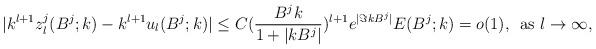
LaTeX: \begin{align*}|{k}^{l+1}z_l^j(B^j;k)- {k}^{l+1}u_l(B^j;k)|\leq C(\frac{B^jk}{1+|kB^j|})^{l+1}e^{|\Im kB^j|}E(B^j;k)=o(1),\,\mbox{ as }l\rightarrow\infty,\end{align*}